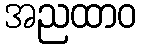
အညထာဝ